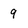
Character: 9